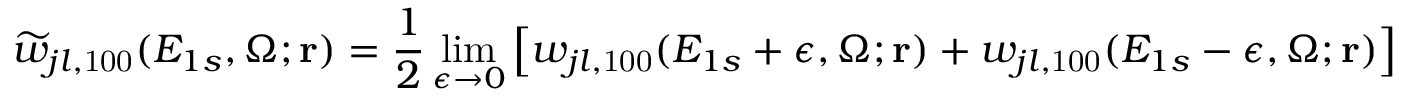
\widetilde w _ { j l , \mathrm { 1 0 0 } } ( { E _ { 1 s } } , \Omega ; \mathbf { r } ) = \frac { 1 } { 2 } \operatorname* { l i m } _ { \epsilon \to 0 } \left[ w _ { j l , \mathrm { 1 0 0 } } ( { E _ { 1 s } + \epsilon } , \Omega ; \mathbf { r } ) + w _ { j l , \mathrm { 1 0 0 } } ( { E _ { 1 s } - \epsilon } , \Omega ; \mathbf { r } ) \right] ,